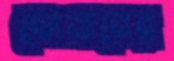
ডোনানের